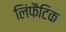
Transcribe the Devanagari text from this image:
लिंफैटिक